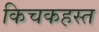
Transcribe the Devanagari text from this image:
किचकहस्त